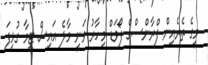
މީގެ ތެރެއިން ފްރާންސްގެ ފޯވަޑް މިހާރު ވަނީ މާލެ އައިސް ޓީމާ ގުޅިފަ